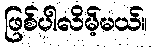
ဖြစ်ပါလိမ့်မယ်။